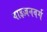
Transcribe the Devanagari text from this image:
वाइज़नवर्ग